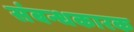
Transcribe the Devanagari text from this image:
संबन्धकारक